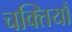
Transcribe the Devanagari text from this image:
चक्तियाँ